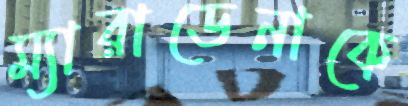
ম্যারাডেনাকে